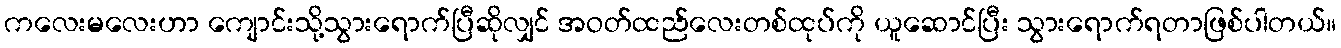
ကလေးမလေးဟာ ကျောင်းသို့သွားရောက်ပြီဆိုလျှင် အဝတ်ထည်လေးတစ်ထုပ်ကို ယူဆောင်ပြီး သွားရောက်ရတာဖြစ်ပါတယ်။